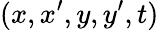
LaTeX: (x,x^{\prime},y,y^{\prime},t)